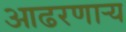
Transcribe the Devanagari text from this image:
आढरणार्‍य